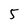
Character: 5